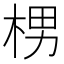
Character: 㭷